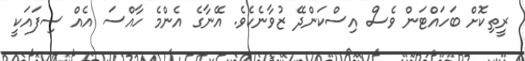
ރީތިކޮށް ބަހައްޓަން ވެސް އިސްކަންދޭ ޒުވާނެކެވެ. އޭނާގެ އެންމެ ހާއްސަ އެއް ސިފައަކީ